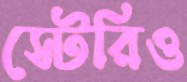
স্টেরিও